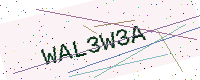
Text: WAL3W3A